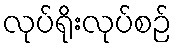
လုပ်ရိုးလုပ်စဉ်